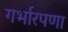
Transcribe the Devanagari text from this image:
गर्भारपणा